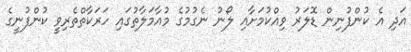
އަދި އެ ކުންފުނިން ޑޮލަރު ވިއްކުމަށާއި ލޯނު ނެގުމުގެ މުއާމަލާތުގައި ހަރަކާތްތެރިވީ ކުންފުނީގެ